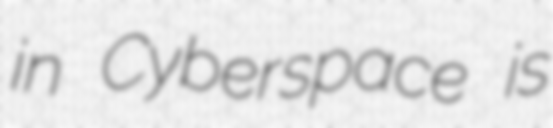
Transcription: in Cyberspace is